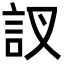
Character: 訍